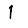
Digit: 1